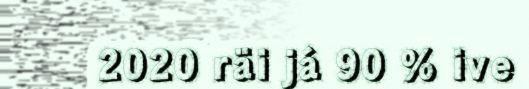
2020 räi já 90 % ive